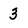
Character: 3